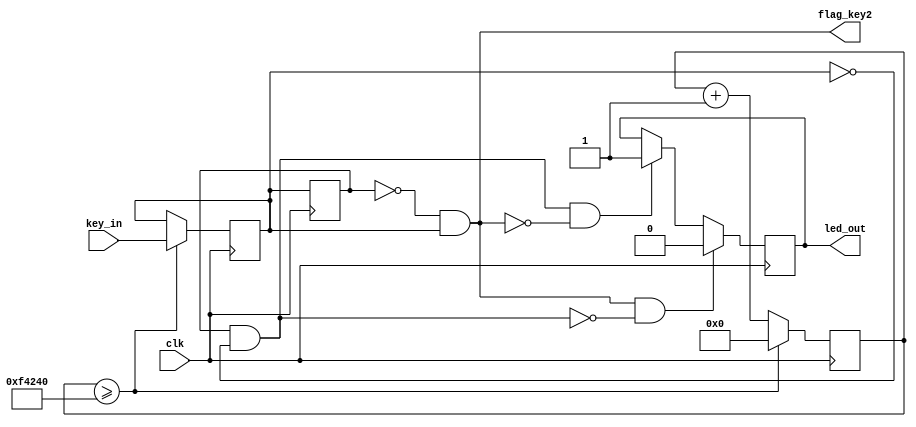
module key(clk,key_in,led_out,flag_key2);
input clk; //50Mhz
input  key_in;
output  led_out;
output flag_key2;
reg [19:0] count;
reg  key_scan; //按键扫描值

always @(posedge clk) //采样按键值，采样频率小于按键毛刺频率，相当于滤除掉了高频毛刺信号。
begin
   if(count >=20'b1111_0100_0010_0100_0000) begin//20ms扫描一次按键
        count <= 20'b0;
        key_scan <= key_in;
   end
   else
        count <= count+20'b1;
end

reg key_scan_r;
always @(posedge clk)
    key_scan_r <= key_scan;
    
wire flag_key1 = key_scan_r & (~key_scan);  //当检测到按键有上沿变化时，代表该按键抬起
assign flag_key2 = (~key_scan_r) & key_scan;  //当检测到按键有下降沿变化时，代表该按键按下 
//reg  temp_led;
always @ (posedge clk)
begin            
   if ( flag_key2 && (~flag_key1)) led_out <= 1'b0;   //某个按键值变化时，LED将做亮灭翻转
   else if(flag_key1 && (~flag_key2)) led_out <= 1'b1;
   else	led_out<=led_out;
	
end
//assign led_out = temp_led ? 1'b1 : 1'b0;     //LED翻转输出

            
endmodule